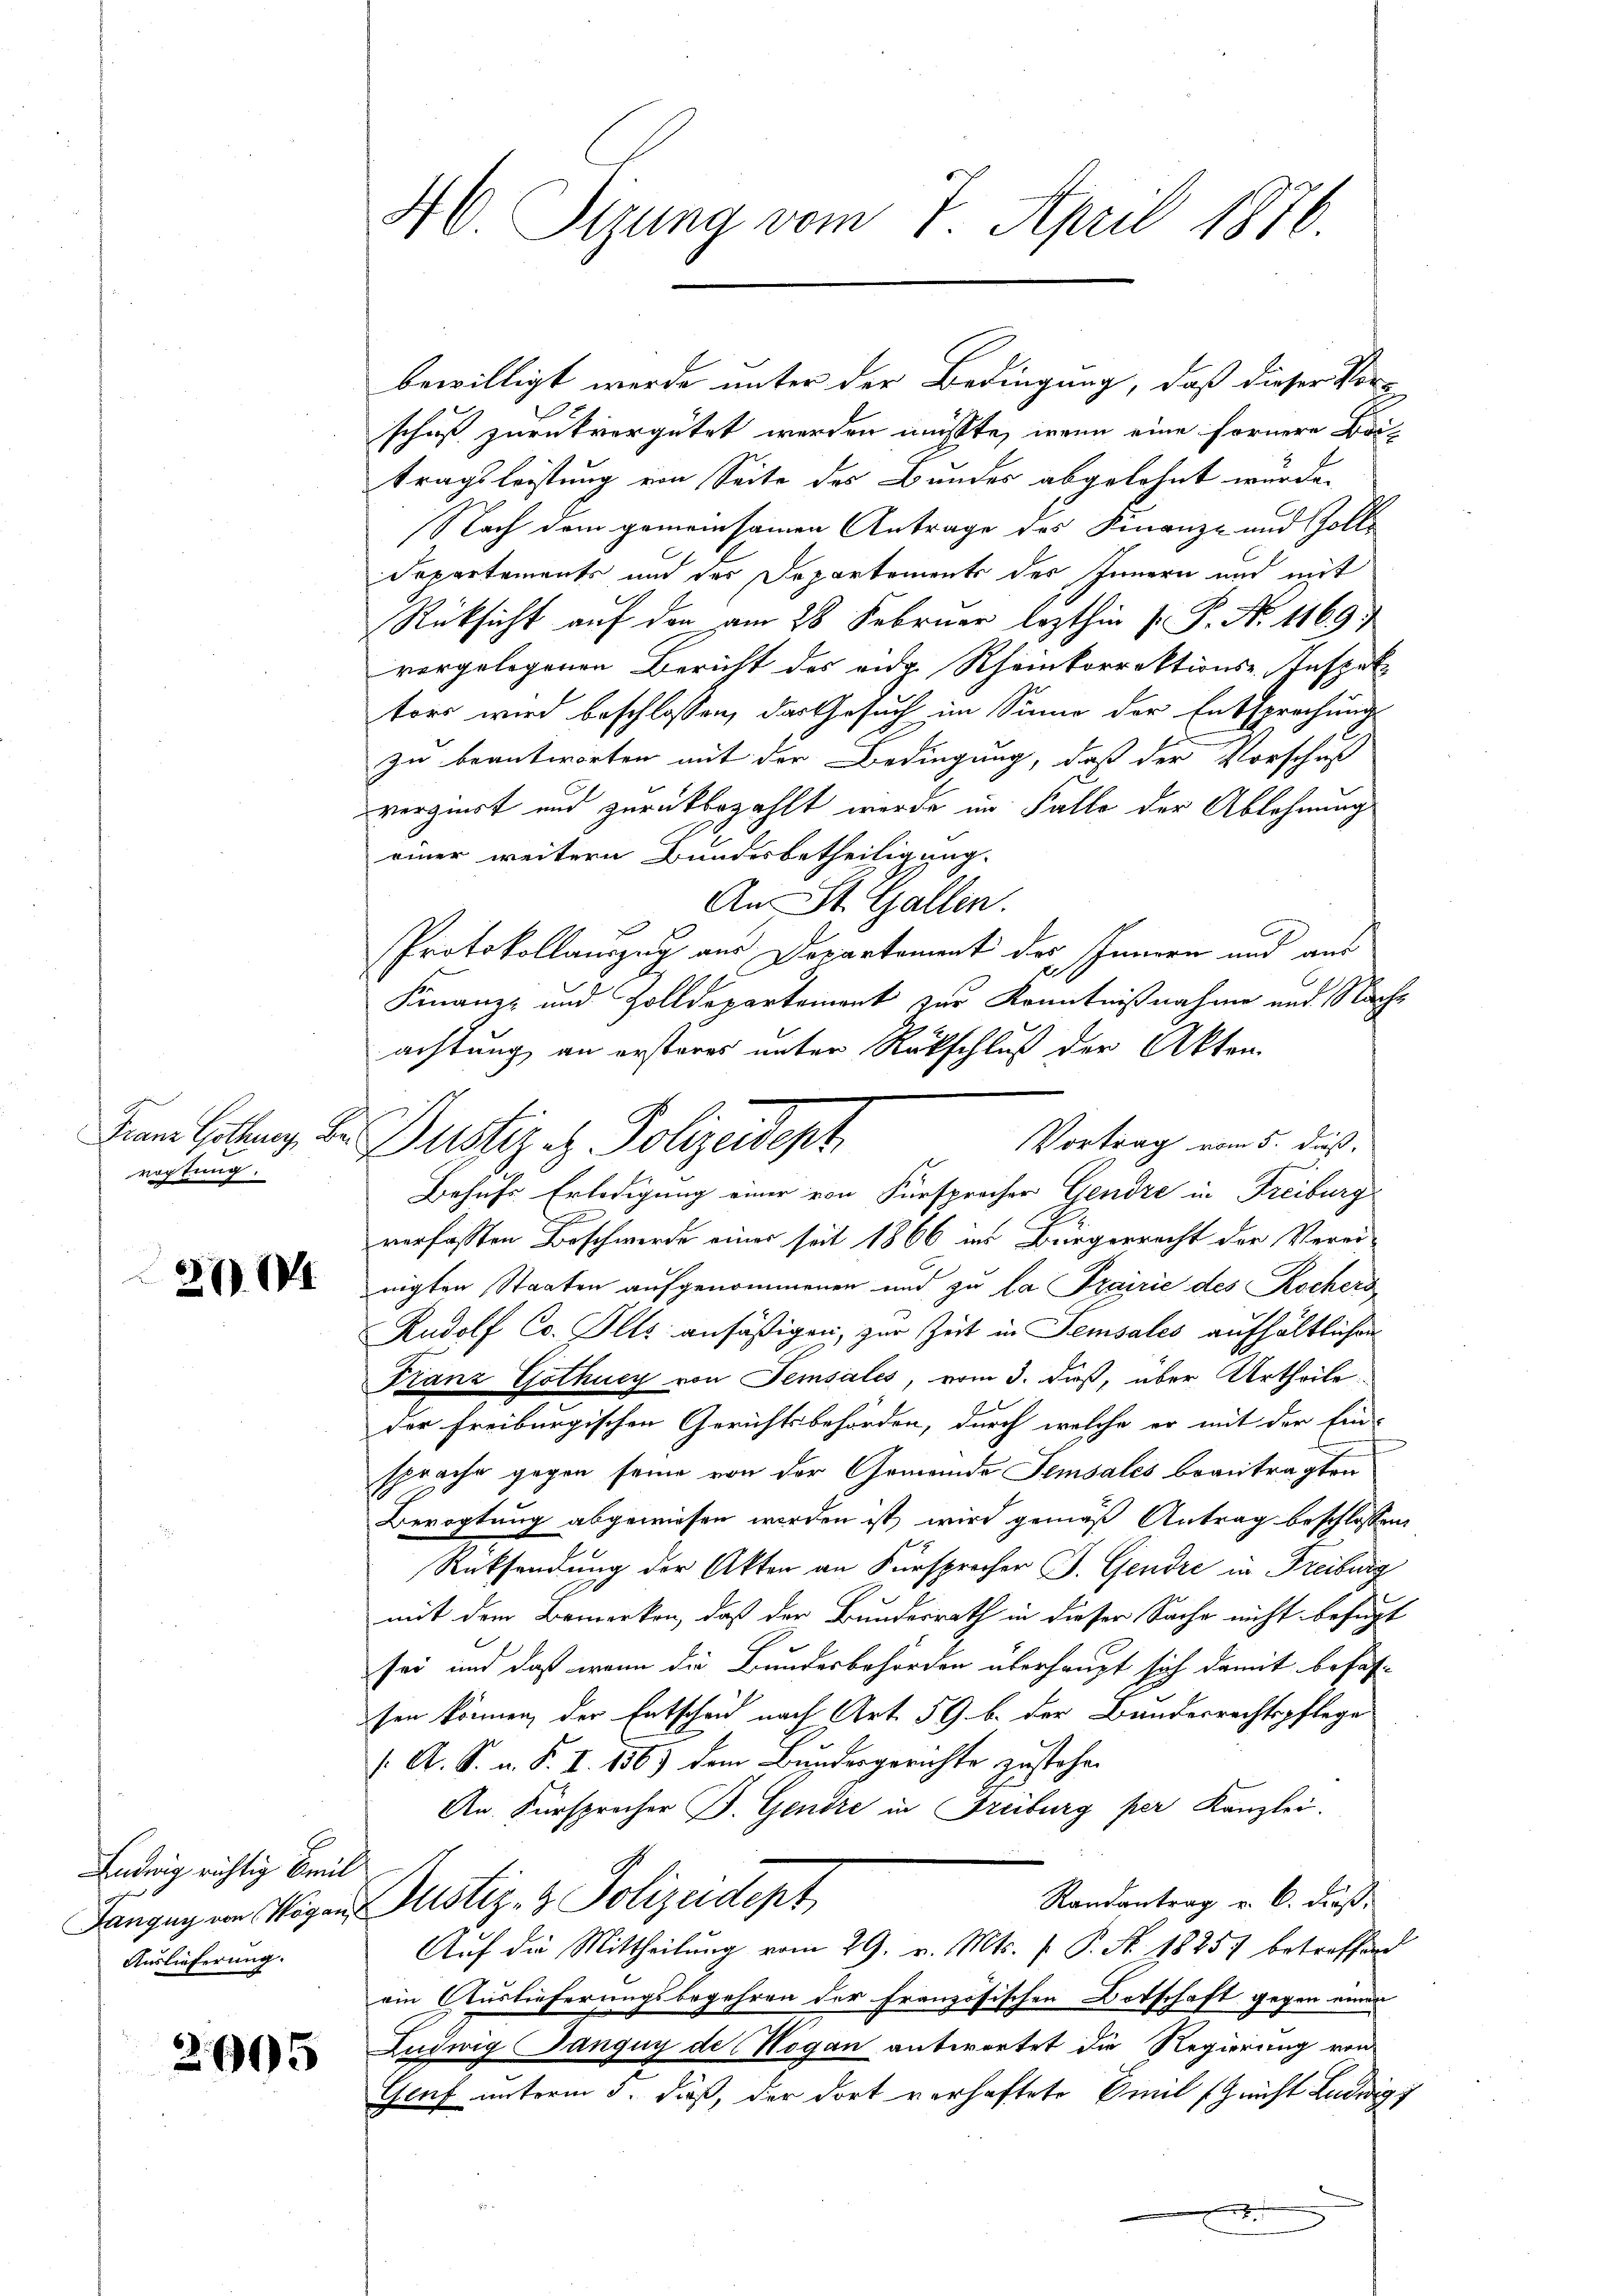
Franz Gothner, Be
rogtung.

311

Endig richtig Beeil
Auslieferung.

2695

46 Sizung vom 7. April 1876

bewilligt werde unter der Bedingung, daß dieser Vorschuß zurückvergütet werden müsste, wenn eine fernere Beitragsleistung von Seite des Bandes abgelohnt wurde.
Nach dem gemeinsamen Antrage des Finanz- und Zolle
Departements und der Departements des Innern und mit
Rücksicht auf den am 28. Februar lezthin  P. Nr. 1169;
vorgelegenen Bericht des eidg. Rheinkorrektions-Inspektors wird beschlossen, das Gesuch im Sinne der Entsprechung
zu beantworten mit der Bedingung, daß der Vorschuß
verziert und zurückbezahlt werde im Falle der Ablehnung
einer weitern Bundesbetheiligung.
An St. Gallen.
Protokollauszug aus Departement der Innern und aus
.
Finanz- und Zolldepartement zur Kenntnißnahme und Nachachtung an ersteres unter Rückschluß der Akten.
VVortrag vom 5. dieß,
Behufs Erledigung einer von Fürsprocher Gendre in Freiburg
verfassten Beschwerde einer seit 1866 ins Bürgerrecht der Verei-
nigten Staaten aufgenommenen und zu la Prairie des Rochers
Rudolf Co. Ilts ansäßigen, zur Zeit in Semsales aufhältlichen
Franz Gothury von Temsales, vom 3. dieß, über Urtheile
der Freiburgischen Gerichtsbehörden, durch welche er mit der Ein-
sprache gegen seine von der Gemeinde Semsales beantragten
Bevogtung abgewiesen worden ist, wird gemäß Antrag beschlossen,
Rücksendung der Akten an Fürsprecher J. Gendre in Freiburg
mit dem Bemerken, daß der Bundesrath in dieser Sache nicht befugt
sei und daß wenn die Bundesbehörden überhaupt sich damit befass
sen können, der Entscheid nach Art. 59. b. der Bundesrechtspflege
/. A. S. n. F. I. 186) dem Bundesgerichte zustehen
An. Fürsprecher B. Gendre in Freiburg per Kanzlei.
Randantrag u. b. dieß¬
Langny von Vigen Justiz- & Polizeidept
Aŭf die Mittheilŭng vom 29. v. Mts. f. P. Nr. 18257 betreffend
ein Auslieferungsbegehren der Französischen Botschaft gegen einen
Ludwig Janguy de Wogan antwortet die Regierung von
Genf unterm 5. dieß, der dort verhaftete Emil (nicht Ludwig
.

Justiges Polizeidesh